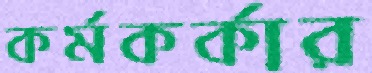
কর্মকর্কার